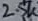
Text: 2.5K